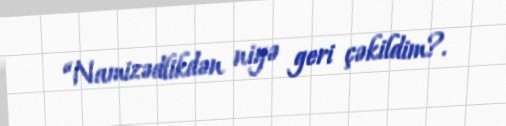
“Namizədlikdən niyə geri çəkildim?.